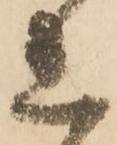
れ